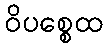
ဝိပစ္စေထ